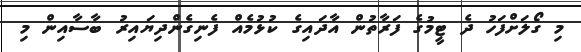
މި ގޯލަށްފަހު ދެ ޓީމުގެ ފަރާތުން އާދައިގެ ކުޅުމެއް ފެނިގެންދިޔައިރު ބާސާއިން މި